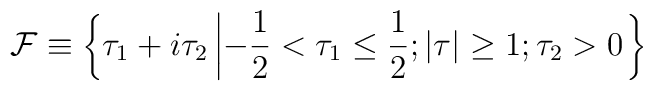
{\cal F}\equiv\left\{\tau_1+i\tau_2 \left|-\frac{1}{2}<\tau_1\leq\frac{1}{2};\vert\tau\vert\geq 1; \tau_2>0 \right. \right\}